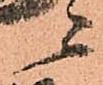
ニ